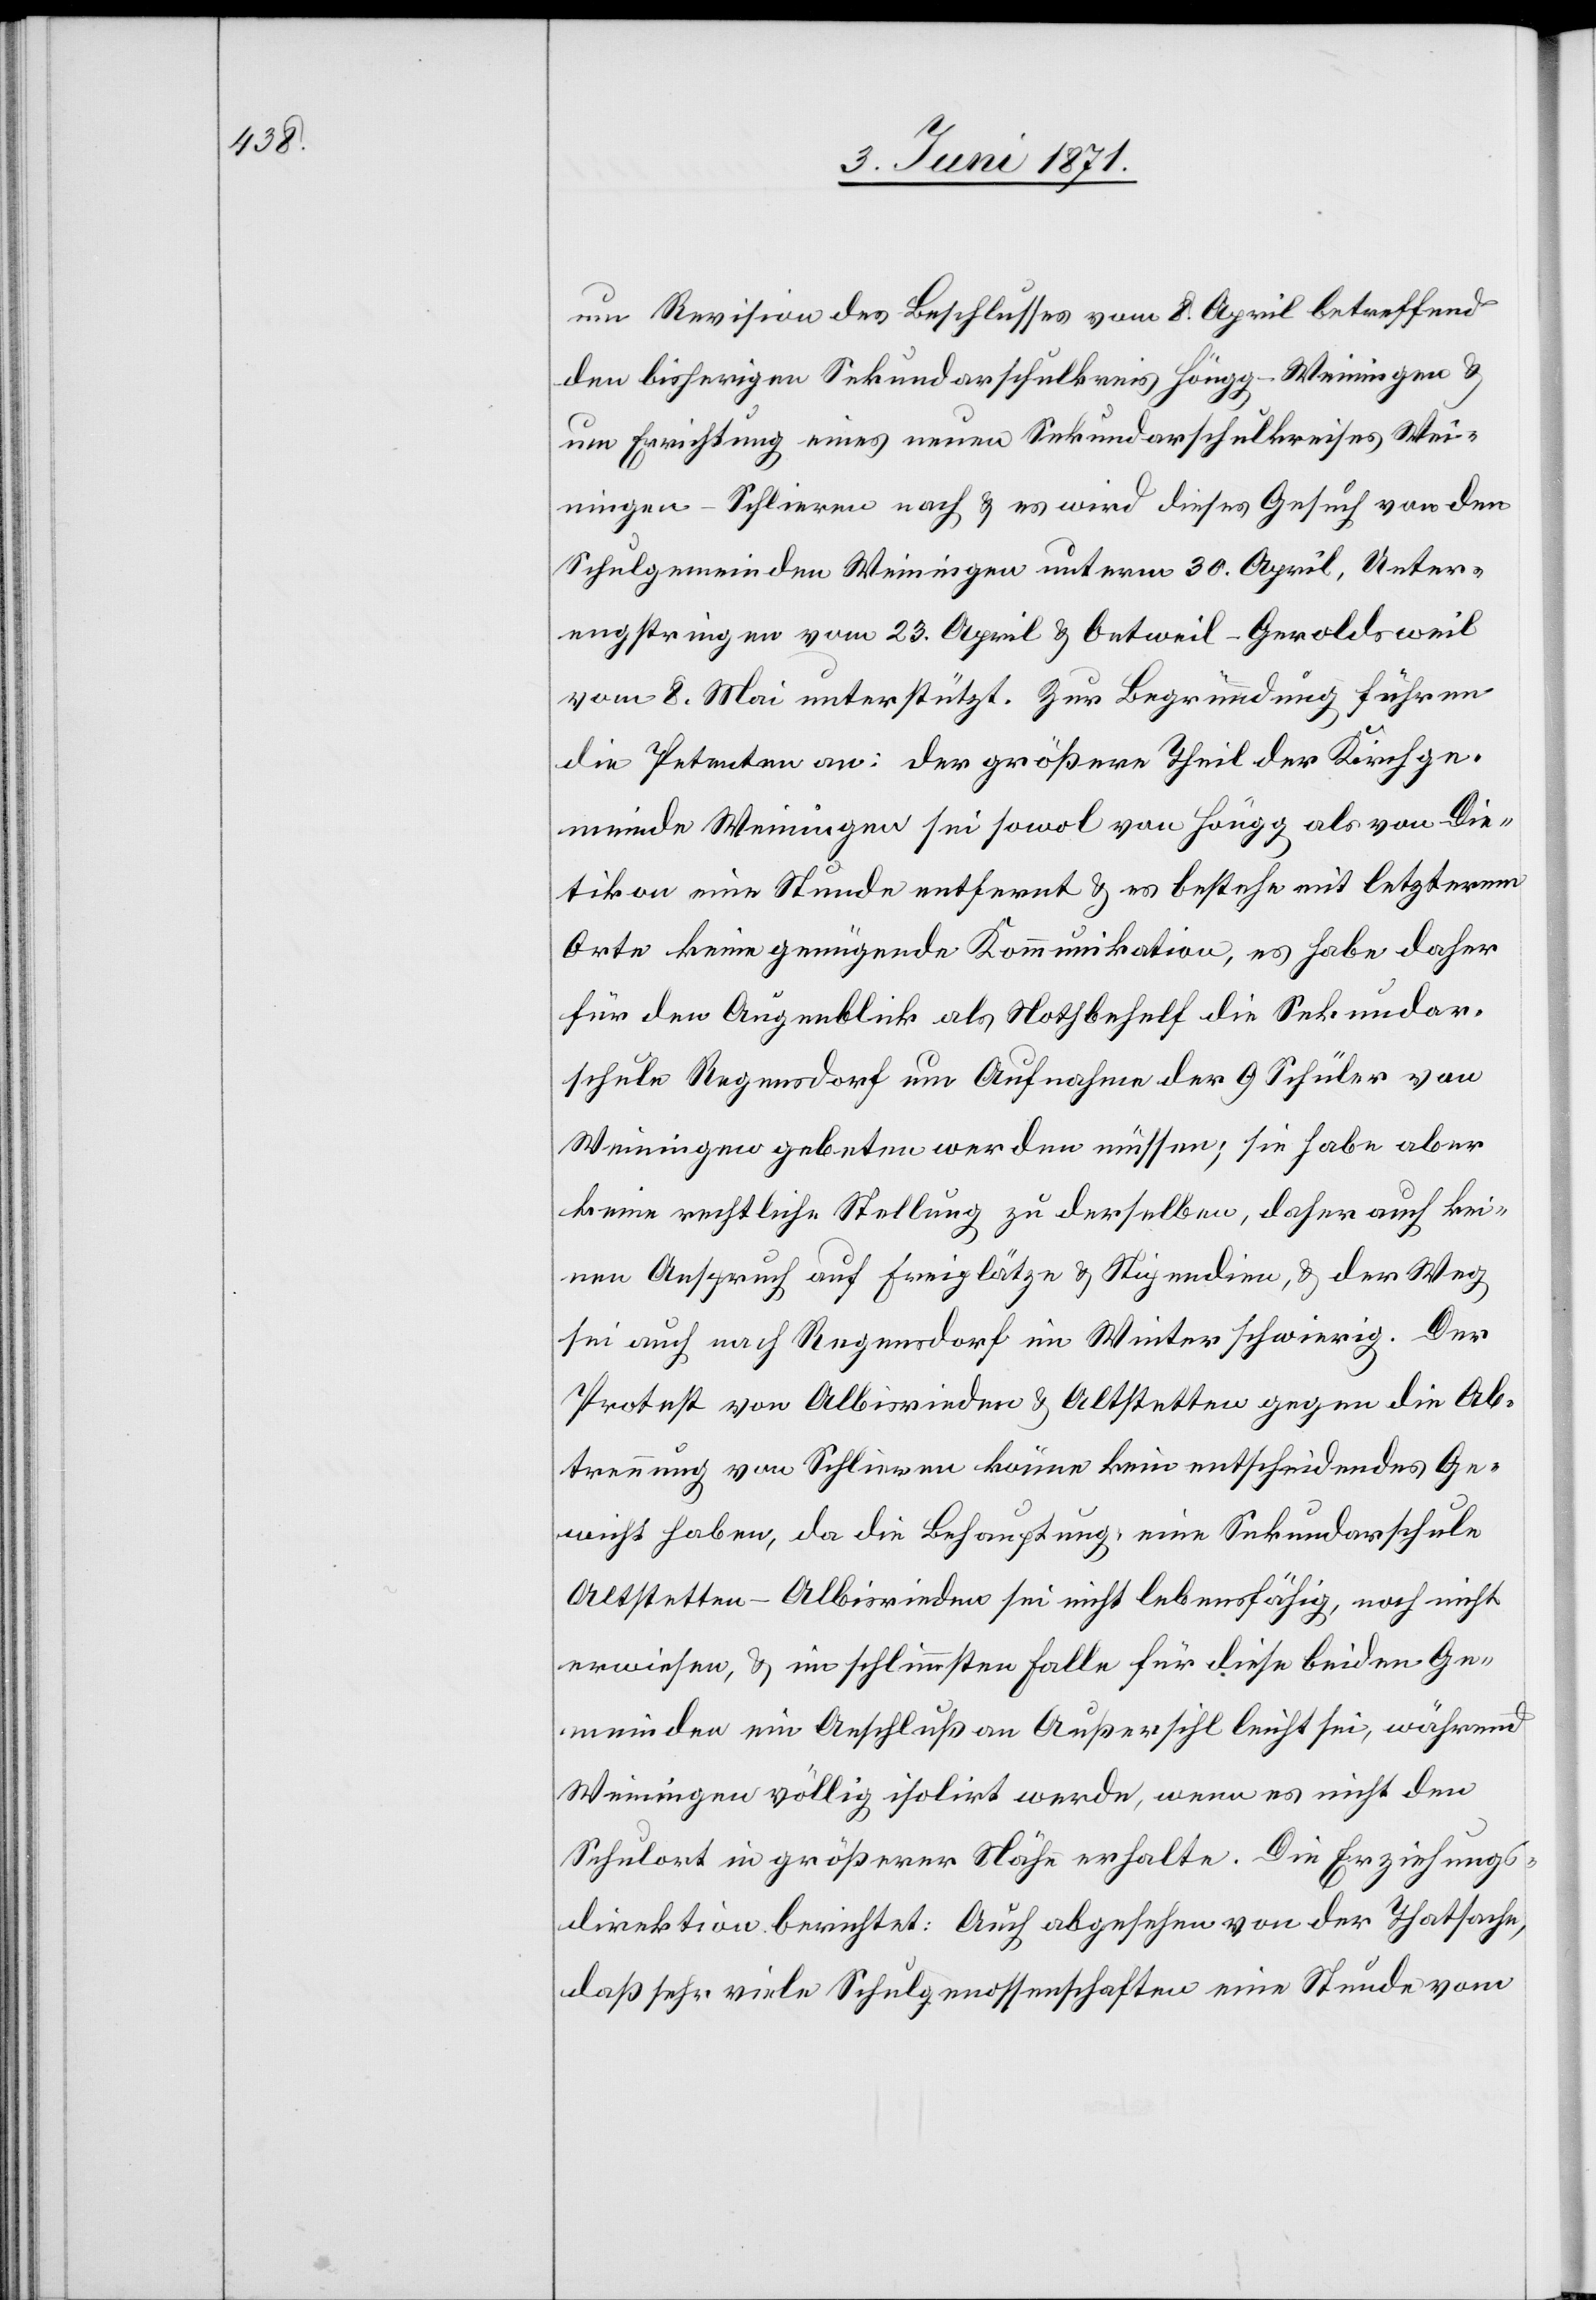
um Revision des Beschlusses vom 8. April betreffend
den bisherigen Sekundarschulkreis Höngg-Weiningen u.
um Errichtung eines neuen Sekundarschulkreises Wei¬
ningen-Schlieren nach u. es wird dieses Gesuch von den
Schulgemeinden Weiningen unterm 30. April, Unter¬
engstringen vom 23. April u. Oetweil-Geroldsweil
vom 8. Mai unterstützt. Zur Begründung führen
die Petenten an: der größere Theil der Kirchge¬
meinde Weiningen sei sowol von Höngg als von Die¬
tikon eine Stunde entfernt u. es bestehe mit letzterem
Orte keine genügende Kommunikation, es habe daher
für den Augenblick als Nothbehelf die Sekundar¬
schule Regensdorf um Aufnahme der 9 Schüler von
Weiningen gebeten werden müssen; sie habe aber
keine rechtliche Stellung zu derselben, daher auch kei¬
nen Anspruch auf Freiplätze u. Stipendien, u. der Weg
sei auch nach Regensdorf im Winter schwierig. Der
Protest von Albisrieden u. Altstetten gegen die Ab¬
trennung von Schlieren könne kein entscheidendes Ge¬
wicht haben, da die Behauptung, eine Sekundarschule
Altstetten-Albisrieden sei nicht lebensfähig, noch nicht
erwiesen, u. im schlimmsten Falle für diese beiden Ge¬
meinden ein Anschluß an Außersihl leicht sei, während
Weiningen völlig isolirt werde, wenn es nicht den
Schulort in größerer Nähe erhalte. Die Erziehungs¬
direktion berichtet: Auch abgesehen von der Thatsache,
daß sehr viele Schulgenossenschaften eine Stunde vom